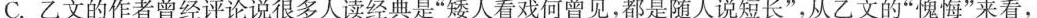
C.乙文的作者曾经评论说很多人读经典是”矮人看戏何曾见，都是随人说短长”，从乙文的”愧悔”来看，